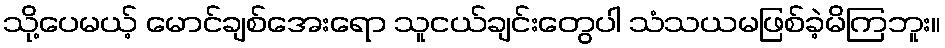
သို့ပေမယ့် မောင်ချစ်အေးရော သူငယ်ချင်းတွေပါ သံသယမဖြစ်ခဲ့မိကြဘူး။